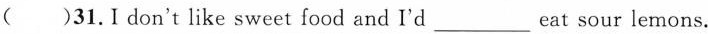
( )31.Ⅰ don't like sweet food and I'd___eat sour lemons.